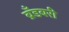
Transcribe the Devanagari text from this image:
ब्रँडबरी